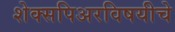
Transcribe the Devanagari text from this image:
शेक्सपिअरविषयीचे